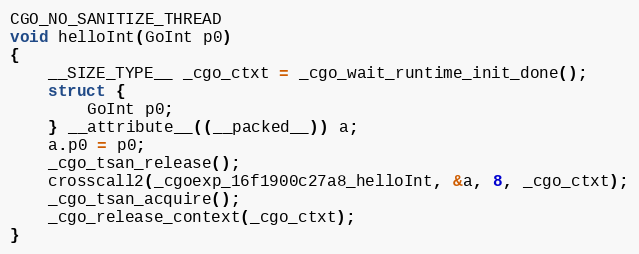
Language: C
CGO_NO_SANITIZE_THREAD
void helloInt(GoInt p0)
{
	__SIZE_TYPE__ _cgo_ctxt = _cgo_wait_runtime_init_done();
	struct {
		GoInt p0;
	} __attribute__((__packed__)) a;
	a.p0 = p0;
	_cgo_tsan_release();
	crosscall2(_cgoexp_16f1900c27a8_helloInt, &a, 8, _cgo_ctxt);
	_cgo_tsan_acquire();
	_cgo_release_context(_cgo_ctxt);
}